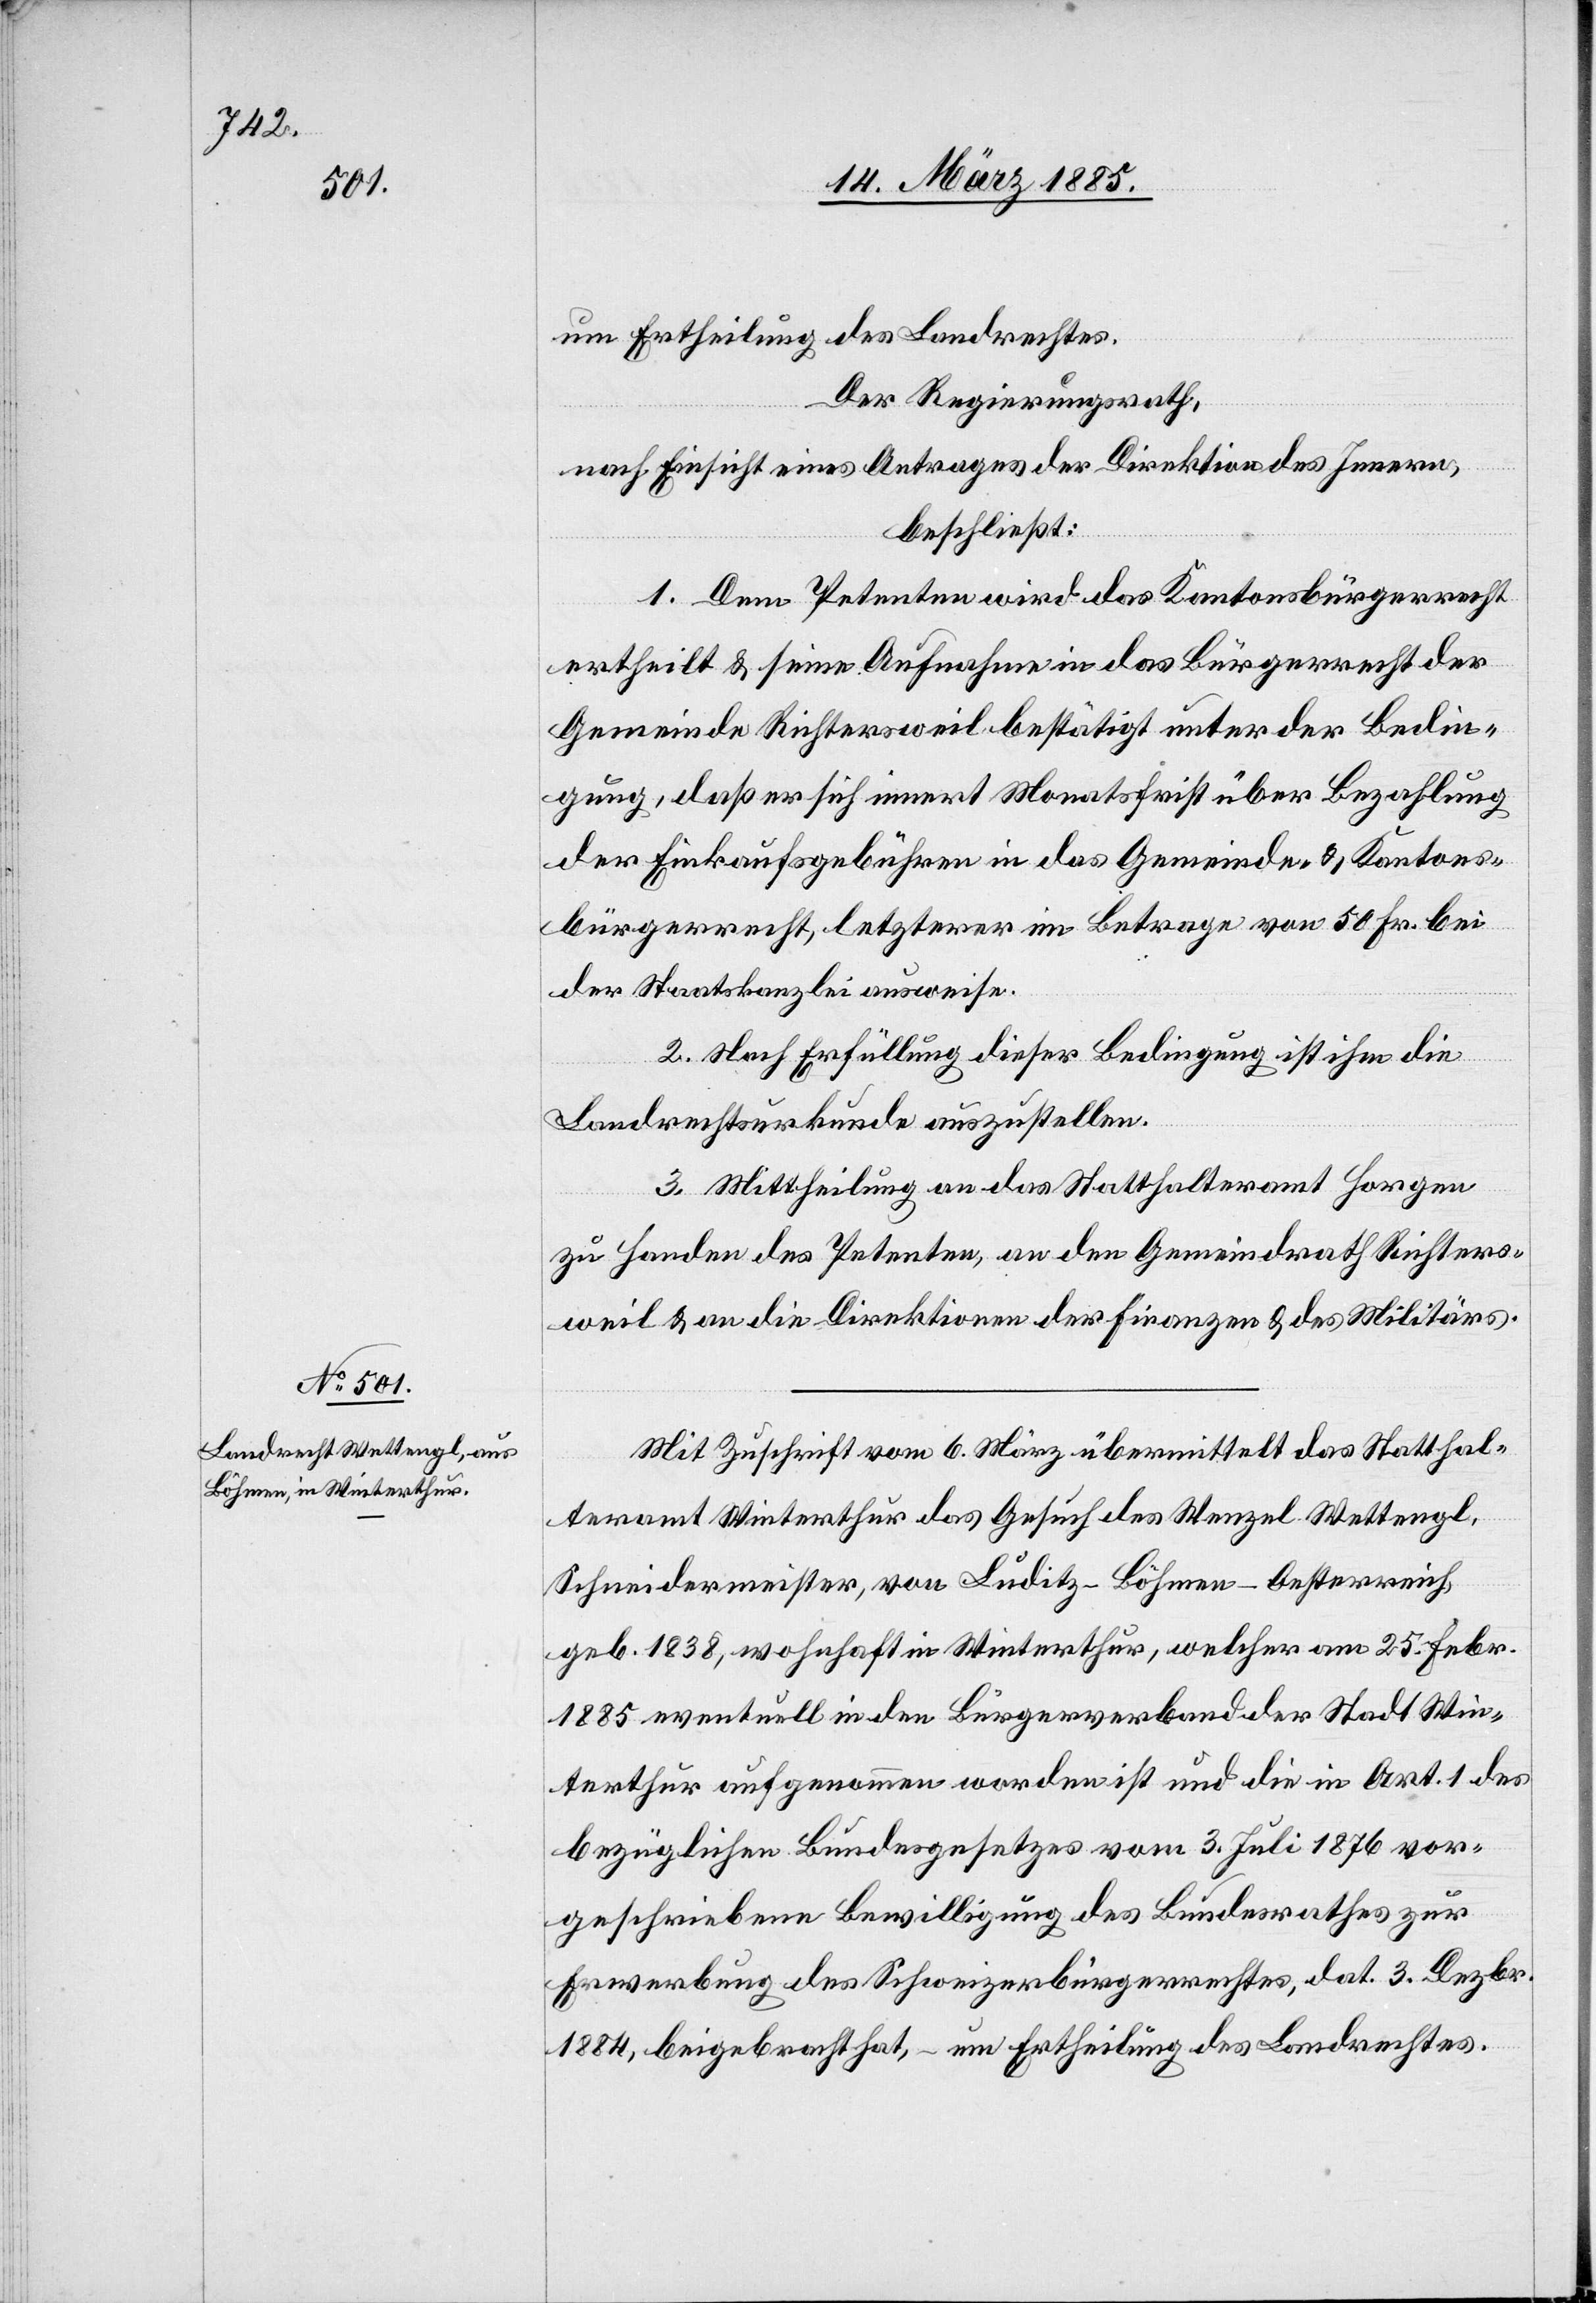
um Ertheilung des Landrechtes.
Der Regierungsrath,
nach Einsicht eines Antrages der Direktion des Innern,
beschließt:
1. Dem Petenten wird das Kantonsbürgerrecht
ertheilt & seine Aufnahme in das Bürgerrecht der
Gemeinde Richtersweil bestätigt unter der Bedin¬
gung, daß er sich innert Monatsfrist über Bezahlung
der Einkaufsgebühren in das Gemeinde- & Kantons¬
bürgerrecht, letzterer im Betrage von 50 Fr. bei
der Staatskanzlei ausweise.
2. Nach Erfüllung dieser Bedingung ist ihm die
Landrechtsurkunde auszustellen.
3. Mittheilung an das Statthalteramt Horgen
zu Handen des Petenten, an den Gemeindrath Richters¬
weil & an die Direktion der Finanzen & des Militärs.
Mit Zuschrift vom 6. März übermittelt das Statthal¬
teramt Winterthur das Gesuch des Wenzel Wettengl,
Schneidermeister, von Luditz - Böhmen - Oesterreich,
geb. 1838, wohnhaft in Winterthur, welcher am 25. Febr.
1885 eventuell in den Bürgerverband der Stadt Win¬
terthur aufgenommen worden ist und die in Art. 1 des
bezüglichen Bundesgesetzes vom 3. Juli 1876 vor¬
geschriebene Bewilligung des Bundesrathes zur
Erwerbung des Schweizerbürgerrechtes, dat. 3. Dezbr.
1884, beigebracht hat, – um Ertheilung des Landrechtes.